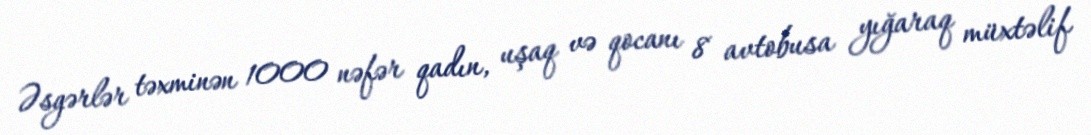
Əsgərlər təxminən 1000 nəfər qadın, uşaq və qocanı 8 avtobusa yığaraq müxtəlif